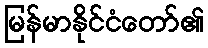
မြန်မာနိုင်ငံတော်၏